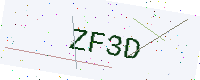
Text: ZF3D